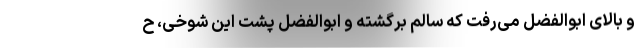
و بالای ابوالفضل می‌رفت که سالم برگشته و ابوالفضل پشت این شوخی، ح